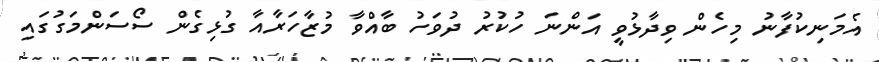
އެމަނިކުފާނު މިހެން ވިދާޅުވީ އަންނަ ހުކުރު ދުވަހު ބާއްވާ މުޒާހަރާއާ ގުޅިގެން ސޯސަންމަގުގައި